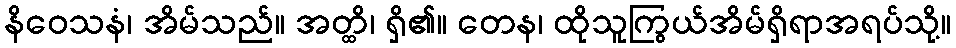
နိဝေသနံ၊ အိမ်သည်။ အတ္ထိ၊ ရှိ၏။ တေန၊ ထိုသူကြွယ်အိမ်ရှိရာအရပ်သို့။